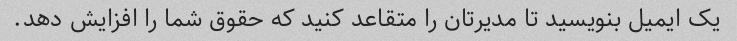
یک ایمیل بنویسید تا مدیرتان را متقاعد کنید که حقوق شما را افزایش دهد.